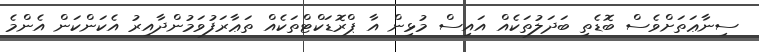
ސިނާޢަތަށްވެސް ބޮޑެތި ބަދަލުތަކެއް އައިސް މުޅިން އާ ޕްރޮޑަކްޓްތަކެއް ތަޢާރަފުވަމުންދާއިރު އެކަންކަން އެންމެ